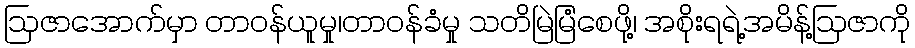
ဩဇာအောက်မှာ တာဝန်ယူမှု၊တာဝန်ခံမှု သတိမြဲမြံစေဖို့၊ အစိုးရရဲ့အမိန့်ဩဇာကို